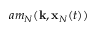
a m _ { N } ( { \bf k } , { \bf x } _ { N } ( t ) )